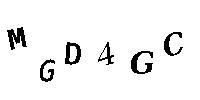
MGD4GC